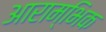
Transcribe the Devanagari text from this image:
आराम्भिक